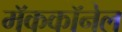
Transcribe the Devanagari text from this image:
मॅककॉनेल